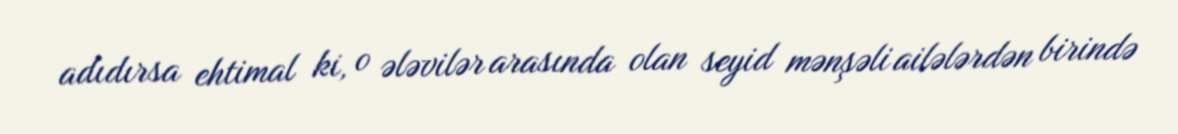
adıdırsa ehtimal ki, o ələvilər arasında olan seyid mənşəli ailələrdən birində